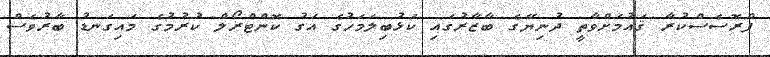
ޕްރޮސެސްކުރާ ޤައުމަށްވާތީ ދުނިޔޭގެ ބާޒާރުގައި ކަޅުބިލަމަހުގެ އަގު ކޮންޓްރޯލް ކުރުމުގެ މައިގަނޑު ބާރުވެސް